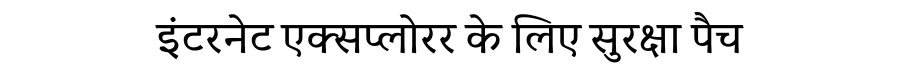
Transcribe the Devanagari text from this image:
इंटरनेट एक्सप्लोरर के लिए सुरक्षा पैच